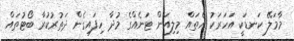
މާމަލޭ ކަނޑަކީ އަހަރަކު އެތައް މިލިއަން ޓަނެއްގެ މުދާ ހިފައިގެން ދަތުރުކުރާ ބޯޓުތައް